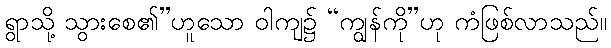
ရွာသို့ သွားစေ၏”ဟူသော ဝါကျ၌ “ကျွန်ကို”ဟု ကံဖြစ်လာသည်။